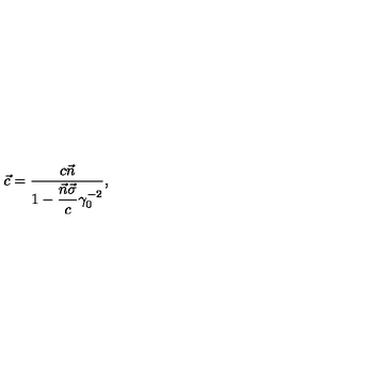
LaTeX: \vec { c } = \frac { c \vec { n } } { 1 - \displaystyle \frac { \vec { n } \vec { \sigma } } { c } \gamma _ { 0 } ^ { - 2 } } ,